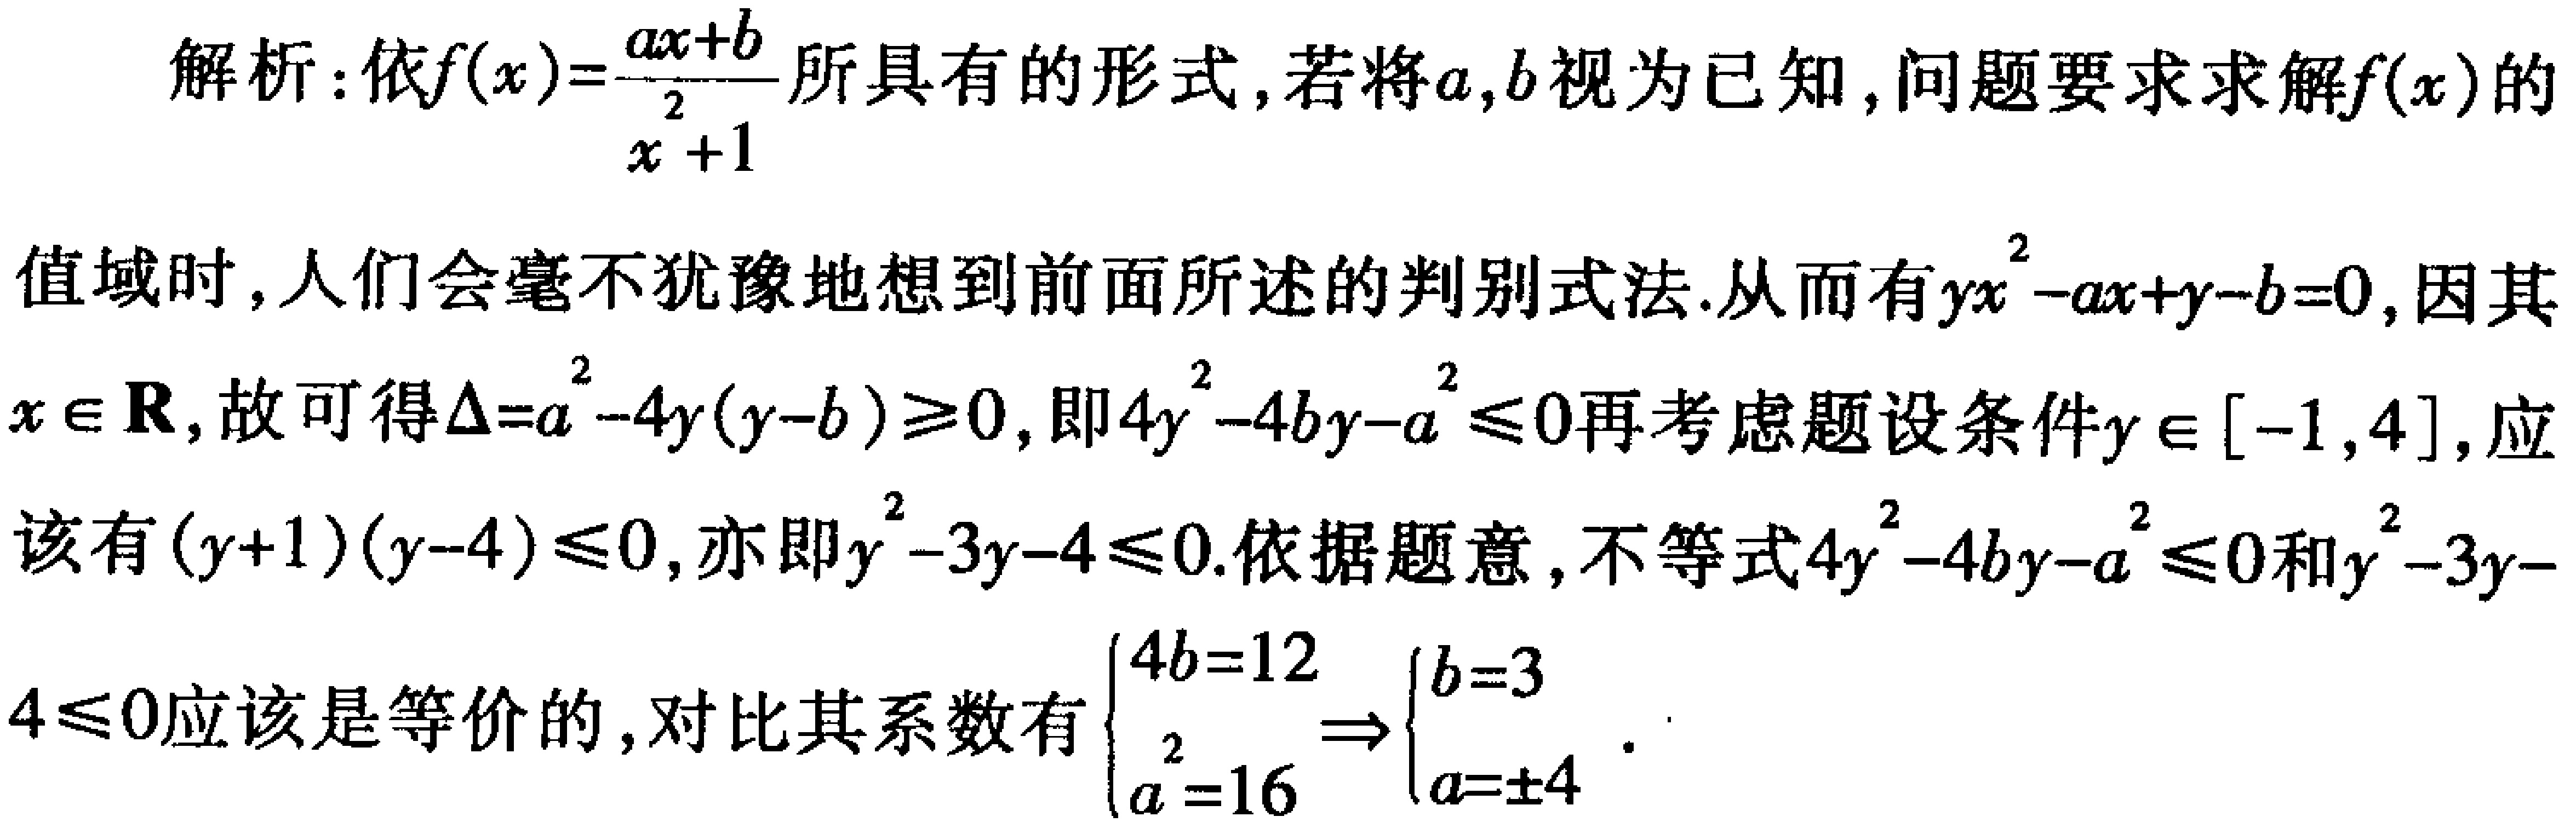
解析：依\(f(x)=\frac{ax + b}{x^{2}+1}\)所具有的形式，若将\(a,b\)视为已知，问题要求求解\(f(x)\)的值域时，人们会毫不犹豫地想到前面所述的判别式法.从而有\(yx^{2}-ax + y - b = 0\)，因其\(x\in\mathbf{R}\)，故可得\(\Delta=a^{2}-4y(y - b)\geq0\)，即\(4y^{2}-4by - a^{2}\leq0\)再考虑题设条件\(y\in[-1,4]\)，应该有\((y + 1)(y - 4)\leq0\)，亦即\(y^{2}-3y - 4\leq0\).依据题意，不等式\(4y^{2}-4by - a^{2}\leq0\)和\(y^{2}-3y - 4\leq0\)应该是等价的，对比其系数有\(\begin{cases}4b = 12\\a^{2}=16\end{cases}\Rightarrow\begin{cases}b = 3\\a=\pm4\end{cases}\).